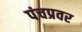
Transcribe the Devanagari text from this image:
पंचप्रवर